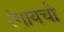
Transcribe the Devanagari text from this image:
रंगायची